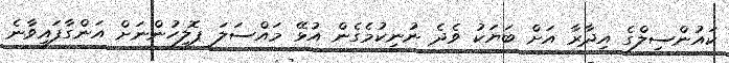
ކައުންސިލްގެ އިދާރާ އަށް ބަޔަކު ވެދެ ނުނިކުމެގެން އުޅޭ މައްސަލަ ޕޮލިހުންނަށް އަންގާފައިވާނެ